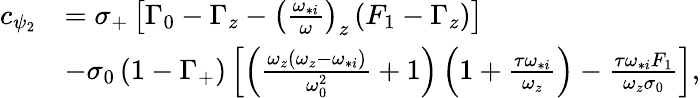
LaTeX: \begin{array}{rl}{c_{\psi_{2}}}&{=\sigma_{+}\left[\Gamma_{0}-\Gamma_{z}-\left(\frac{\omega_{*i}}{\omega}\right)_{z}\left(F_{1}-\Gamma_{z}\right)\right]}\\ &{-\sigma_{0}\left(1-\Gamma_{+}\right)\left[\left(\frac{\omega_{z}\left(\omega_{z}-\omega_{*i}\right)}{\omega_{0}^{2}}+1\right)\left(1+\frac{\tau\omega_{*i}}{\omega_{z}}\right)-\frac{\tau\omega_{*i}F_{1}}{\omega_{z}\sigma_{0}}\right],}\end{array}